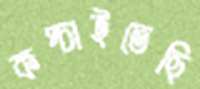
কপ্‌চাইতেছি